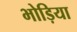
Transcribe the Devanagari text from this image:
भोड़िया